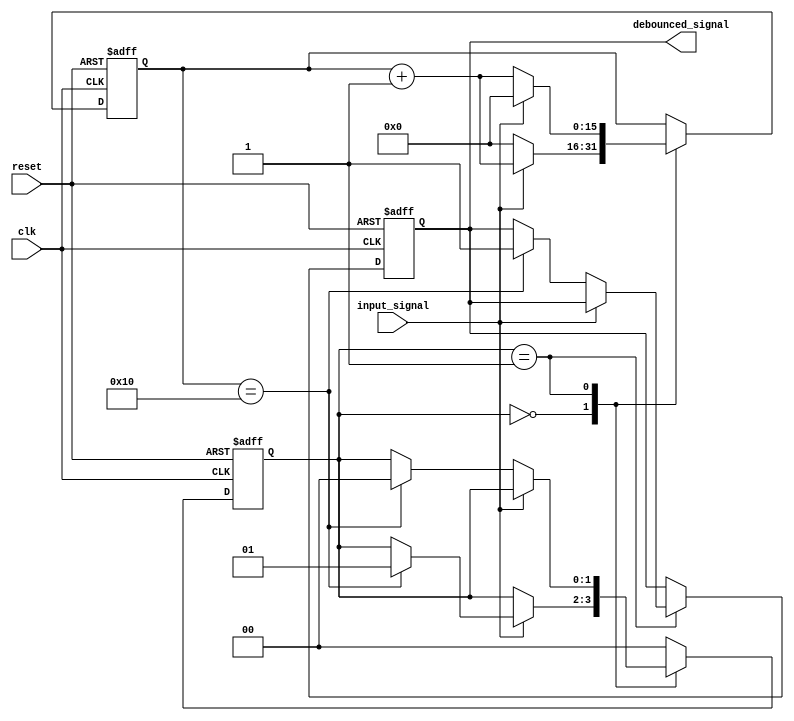
module debounce_circuit(
  input wire clk,
  input wire reset,
  input wire input_signal,
  output reg debounced_signal
);

reg [1:0] state;
reg [15:0] counter;

parameter DELAY = 16;

always @(posedge clk or posedge reset) begin
  if (reset) begin
    state <= 2'b00;
    counter <= 16'b0;
    debounced_signal <= 1'b0;
  end else begin
    case (state)
      2'b00: begin
        if (input_signal) begin
          counter <= counter + 1;
          if (counter == DELAY) begin
            state <= 2'b01;
          end
        end else begin
          counter <= 0;
        end
      end
      2'b01: begin
        if (!input_signal) begin
          counter <= counter + 1;
          if (counter == DELAY) begin
            state <= 2'b00;
            debounced_signal <= 1'b1;
          end
        end else begin
          counter <= 0;
        end
      end
      default: state <= 2'b00;
    endcase
  end
end

endmodule